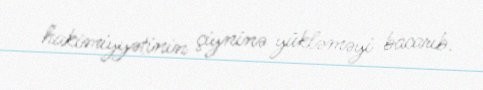
hakimiyyətinin çiyninə yükləməyi bacarıb.